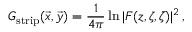
G _ { \mathrm { s t r i p } } ( \vec { x } , \vec { y } ) = { \frac { 1 } { 4 \pi } } \ln | F ( z , \zeta , \bar { \zeta } ) | ^ { 2 } \, , \nonumber